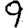
Digit: 9